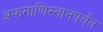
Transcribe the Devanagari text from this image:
अफगाणिस्तानपर्यंत